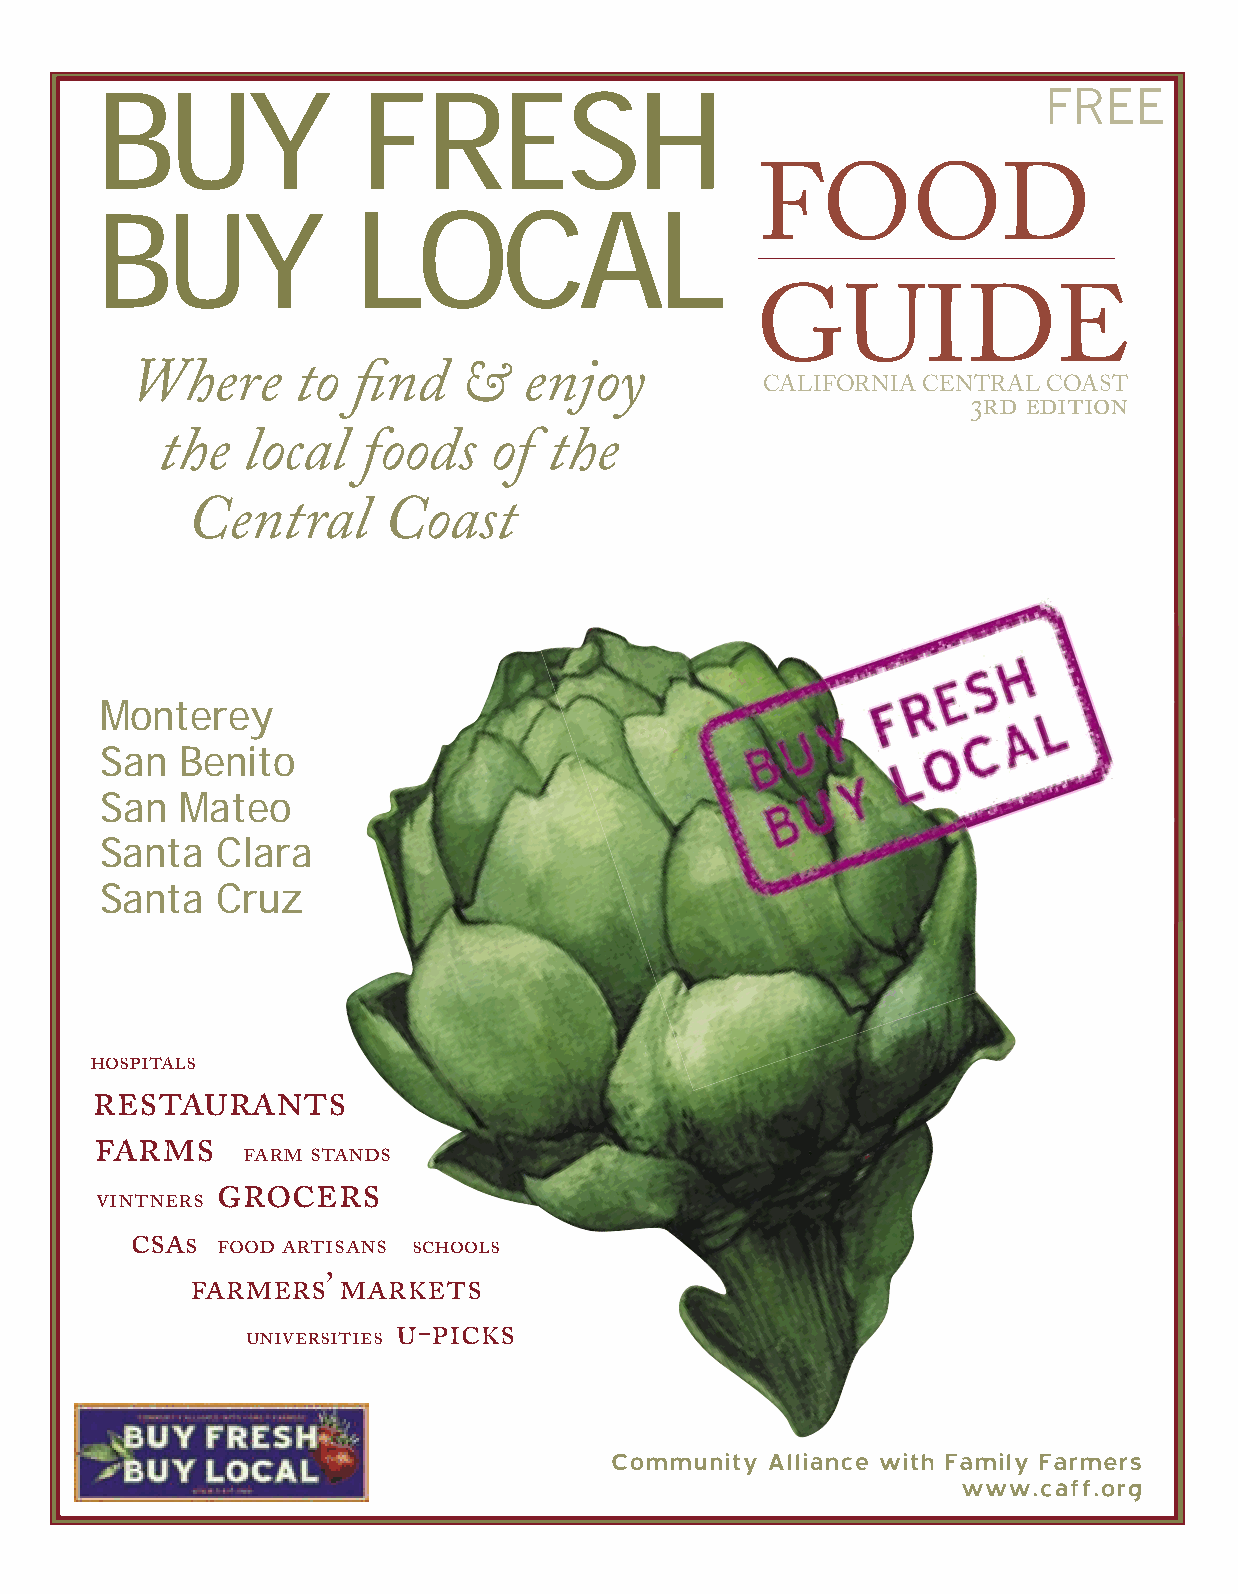
BUY               FRESH
 FREE
 BUY              LOCAL
 FOOD
 GUIDE
 Where      to fi nd   &   enjoy          CALIFORNIA CENTRAL COAST
 3RD EDITION
 the  local   foods   of  the
 Central      Coast
 Monterey
 San  Benito
 San  Mateo
 Santa  Clara
 Santa  Cruz
 HOSPITALS
 RESTAURANTS
 FARMS     FARM STANDS
 VINTNERS GROCERS
 CSAS FOOD ARTISANS SCHOOLS
 FARMERS’ MARKETS
 UNIVERSITIES U-PICKS